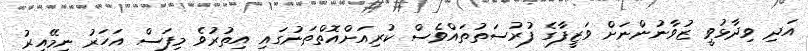
އަދި ވިދާޅުވީ ޒުވާނުންނަށް ވަޒީފާގެ ފުރުސަތުތައްވެސް ކުރިއަށްއޮތްތަނުގައި އިތުރުވެ މިފަސް އަހަރު ނިމޭއިރު